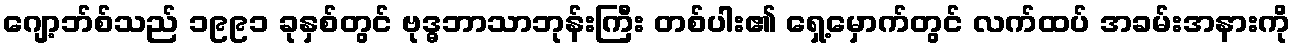
ဂျော့ဘ်စ်သည် ၁၉၉၁ ခုနှစ်တွင် ဗုဒ္ဓဘာသာဘုန်းကြီး တစ်ပါး၏ ရှေ့မှောက်တွင် လက်ထပ် အခမ်းအနားကို